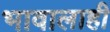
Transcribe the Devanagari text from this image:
भावालाही